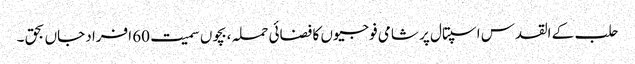
حلب کے القدس اسپتال پر شامی فوجیوں کا فضائی حملہ ،بچوں سمیت 60 افراد جاں بحق ۔